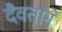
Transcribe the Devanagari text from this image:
दैवताने